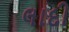
લાદી